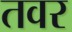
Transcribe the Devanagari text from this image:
तवर